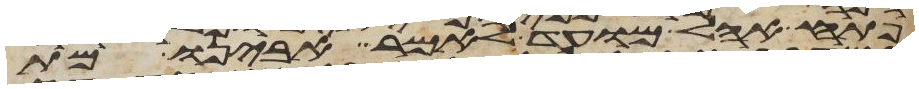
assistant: פתח אהל מועד לאמר אבינו מת